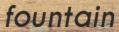
fountain